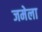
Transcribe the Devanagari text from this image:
जमेला